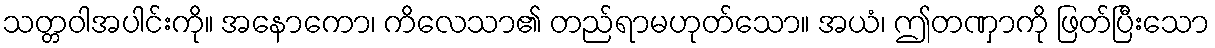
သတ္တဝါအပါင်းကို။ အနောကော၊ ကိလေသာ၏ တည်ရာမဟုတ်သော။ အယံ၊ ဤတဏှာကို ဖြတ်ပြီးသော